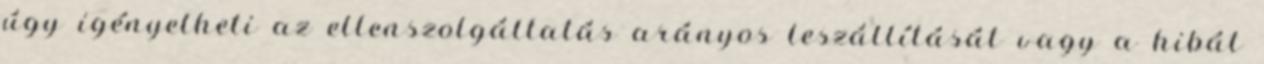
úgy igényelheti az ellenszolgáltatás arányos leszállítását vagy a hibát